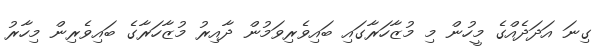
ގިނަ އަދަދެއްގެ މީހުން މި މުޒާހަރާގައި ބައިވެރިވަމުން ދާއިރު މުޒާހަރާގެ ބައިވެރިން މިހާރު